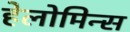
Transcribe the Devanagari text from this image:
हेलोमिन्स